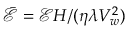
\bar { \mathcal { E } } = \mathcal { E } H / ( \eta \lambda V _ { w } ^ { 2 } )